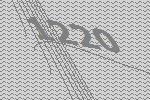
1220